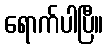
ရောက်ပါပြီ။